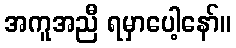
အကူအညီ ရမှာပေါ့နော်။